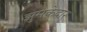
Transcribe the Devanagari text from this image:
झुमकेदार